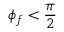
\phi _ { f } < \frac \pi 2